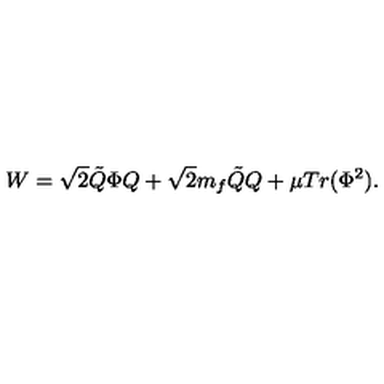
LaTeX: W = \sqrt { 2 } \tilde { Q } \Phi Q + \sqrt { 2 } m _ { f } \tilde { Q } Q + \mu T r ( \Phi ^ { 2 } ) .